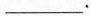
___。